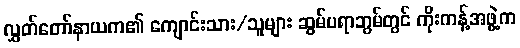
လွှတ်တော်နာယက၏ ကျောင်းသား/သူများ ဆွမ်ပရာဘွမ်တွင် ကိုးကန့်အဖွဲ့က